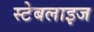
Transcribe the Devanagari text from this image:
स्टेबलाइज